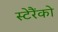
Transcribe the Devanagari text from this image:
स्टेरैंको